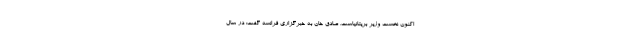
اکنون نخست وزیر بریتانیاست. صادق خان به خبرگزاری فرانسه گفت: در سال